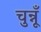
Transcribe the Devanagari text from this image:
चुन्नूँ